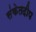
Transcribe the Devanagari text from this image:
संकेतदीप